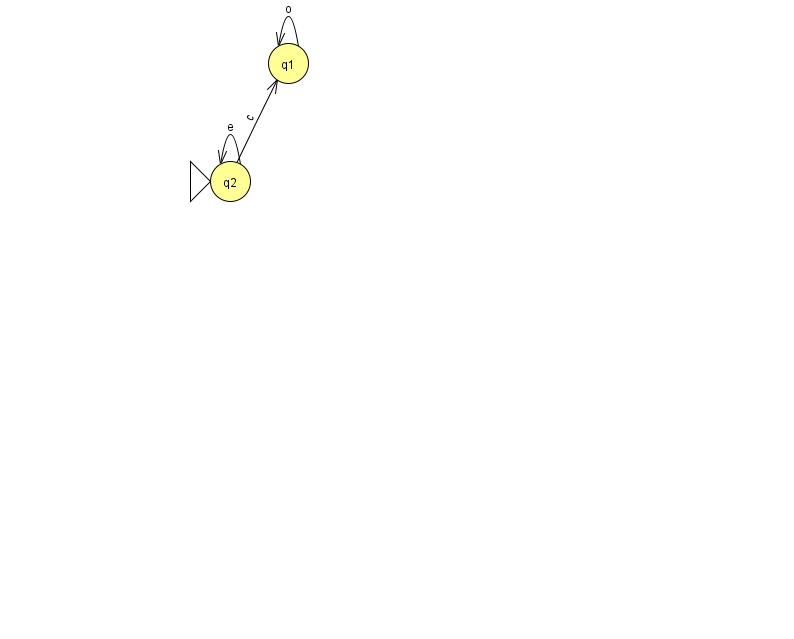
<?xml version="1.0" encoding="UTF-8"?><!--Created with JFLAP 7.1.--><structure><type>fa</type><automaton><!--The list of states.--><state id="1" name="q1"><x>288.0</x><y>50.0</y></state><state id="2" name="q2"><x>230.0</x><y>168.0</y><initial/></state><!--The list of transitions.--><transition><from>2</from><to>2</to><read>e</read></transition><transition><from>2</from><to>1</to><read>c</read></transition><transition><from>1</from><to>1</to><read>o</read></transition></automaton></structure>